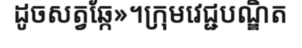
ដូចសត្វឆ្កែ»។ក្រុមវេជ្ជបណ្ឌិត